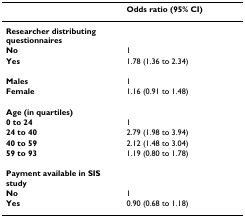
<table><thead><tr><td></td><td><b>Odds ratio (95% CI)</b></td></tr></thead><tbody><tr><td><b>Researcher distributing questionnaires</b></td><td></td></tr><tr><td><b>No</b></td><td>1</td></tr><tr><td><b>Yes</b></td><td>1.78 (1.36 to 2.34)</td></tr><tr><td><b>Males</b></td><td>1</td></tr><tr><td><b>Female</b></td><td>1.16 (0.91 to 1.48)</td></tr><tr><td><b>Age (in quartiles)</b></td><td></td></tr><tr><td><b>0 to 24</b></td><td>1</td></tr><tr><td><b>24 to 40</b></td><td>2.79 (1.98 to 3.94)</td></tr><tr><td><b>40 to 59</b></td><td>2.12 (1.48 to 3.04)</td></tr><tr><td><b>59 to 93</b></td><td>1.19 (0.80 to 1.78)</td></tr><tr><td><b>Payment available in SIS study</b></td><td></td></tr><tr><td><b>No</b></td><td>1</td></tr><tr><td><b>Yes</b></td><td>0.90 (0.68 to 1.18)</td></tr></tbody></table>